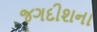
જગદીશના